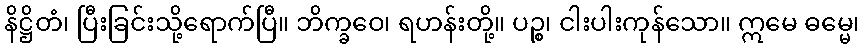
နိဋ္ဌိတံ၊ ပြီးခြင်းသို့ရောက်ပြီ။ ဘိက္ခဝေ၊ ရဟန်းတို့။ ပဉ္စ၊ ငါးပါးကုန်သော။ ဣမေ ဓမ္မေ၊